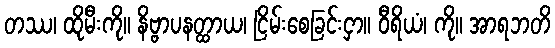
တဿ၊ ထိုမီးကို။ နိဗ္ဗာပနတ္ထာယ၊ ငြိမ်းစေခြင်းငှာ။ ဝီရိယံ၊ ကို။ အာရဘတိ